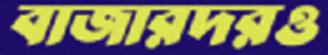
বাজারদরও